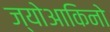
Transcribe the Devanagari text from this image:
ज्योआकिनो